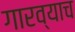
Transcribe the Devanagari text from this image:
गारव्याच